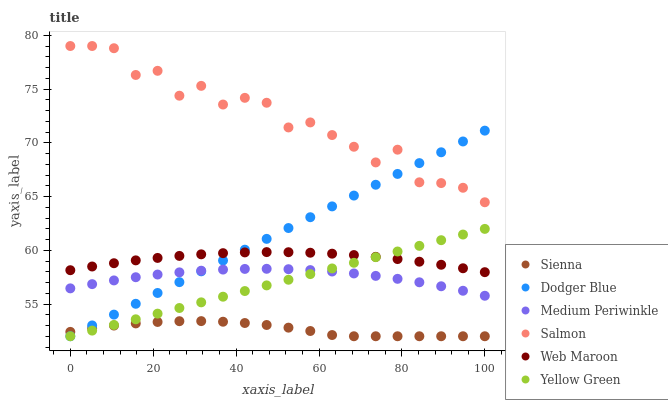
| xaxis_label | Sienna | Dodger Blue | Medium Periwinkle | Salmon | Web Maroon | Yellow Green |
 | --- | --- | --- | --- | --- | --- | --- |
 | 0 | 52.4 | 52 | 56.5 | 79 | 58.1 | 52 |
 | 5.26 | 52.7 | 53 | 56.8 | 79 | 58.5 | 52.5 |
 | 10.5 | 53 | 54 | 57.2 | 78.8 | 58.8 | 53.1 |
 | 15.8 | 53.2 | 55 | 57.5 | 76.3 | 59.1 | 53.6 |
 | 21.1 | 53.3 | 56 | 57.7 | 76.7 | 59.3 | 54.1 |
 | 26.3 | 53.4 | 57 | 57.9 | 74.4 | 59.5 | 54.6 |
 | 31.6 | 53.4 | 58 | 58.1 | 75.3 | 59.6 | 55.2 |
 | 36.8 | 53.4 | 59 | 58.2 | 73.6 | 59.7 | 55.7 |
 | 42.1 | 53.2 | 60.1 | 58.3 | 74.2 | 59.8 | 56.2 |
 | 47.4 | 53 | 61.1 | 58.3 | 73.7 | 59.8 | 56.7 |
 | 52.6 | 52.8 | 62.1 | 58.2 | 71.4 | 59.8 | 57.3 |
 | 57.9 | 52.5 | 63.1 | 58.2 | 71.9 | 59.8 | 57.8 |
 | 63.2 | 52.1 | 64.1 | 58 | 70.7 | 59.7 | 58.3 |
 | 68.4 | 52 | 65.1 | 57.8 | 69.6 | 59.6 | 58.8 |
 | 73.7 | 52 | 66.1 | 57.6 | 68.2 | 59.4 | 59.4 |
 | 78.9 | 52 | 67.1 | 57.3 | 69.4 | 59.2 | 59.9 |
 | 84.2 | 52 | 68.1 | 57 | 66.3 | 58.9 | 60.4 |
 | 89.5 | 52 | 69.1 | 56.6 | 66.2 | 58.6 | 60.9 |
 | 94.7 | 52 | 70.1 | 56.2 | 65.8 | 58.3 | 61.5 |
 | 100 | 52 | 71.1 | 55.8 | 64.5 | 58 | 62 |